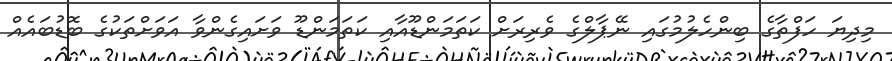
މިދިޔަ ހަފްތާގެ ބިންހެލުމުގައި ނޭޕާލްގެ ވެރިރަށް ކަތަމަންޑޫއާއި ކަތަމަންޑޫ ވަށައިގެންވާ އަވަށްތަކުގެ ބޮޑުބައެއް